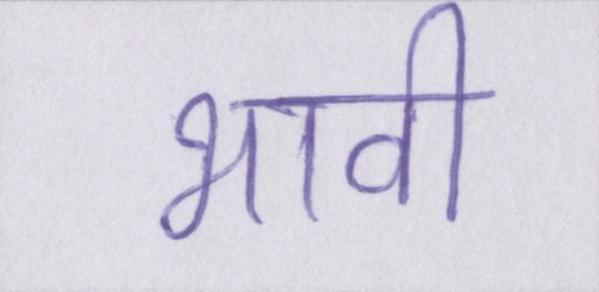
भावी